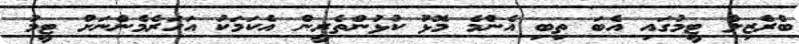
ބްރެޒިލް ޓީމުގައި އެބަ ތިބި އެންމެ މޮޅު ކުޅުންތެރީން އެކަމަކު އަހަރެމެންނަށް ޓީމު